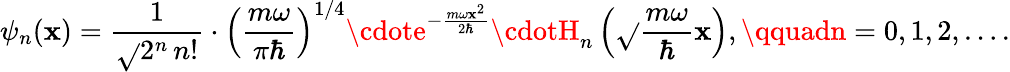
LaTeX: \psi_{n}(\mathbf{x})={\frac{{1}}{{\sqrt{}{{2^{n}\, n!}}}}}\cdot\left({\frac{{m\omega}}{{\pi\hbar}}}\right)^{1/4}\cdote^{-{\frac{{m\omega\mathbf{x}^{2}}}{{2\hbar}}}}\cdotH_{n}\left({\sqrt{}{{\frac{{m\omega}}{{\hbar}}}}}\mathbf{x}\right),\qquadn=0,1,2,\ldots.